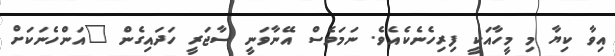
އިވާ ކިޔާ މި މީހާއަކީ ފިރިހެނެކެއެވެ. ނަމަވެސް އޭނާވަނީ ސާޖަރީ ހަދައިގެން "އަންހެނަކަށް